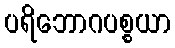
ပရိဘောဂပစ္စယာ